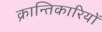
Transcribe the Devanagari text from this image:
क्रान्‍तिकारियों